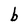
Character: b